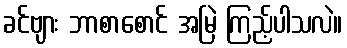
ခင်ဗျား ဘာစာစောင် အမြဲ ကြည့်ပါသလဲ။